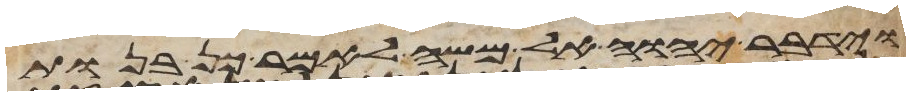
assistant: וידבר יהוה אל משה לאמר כן בנות